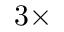
3 \times